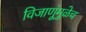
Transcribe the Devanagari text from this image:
विजाणूंमुळेच